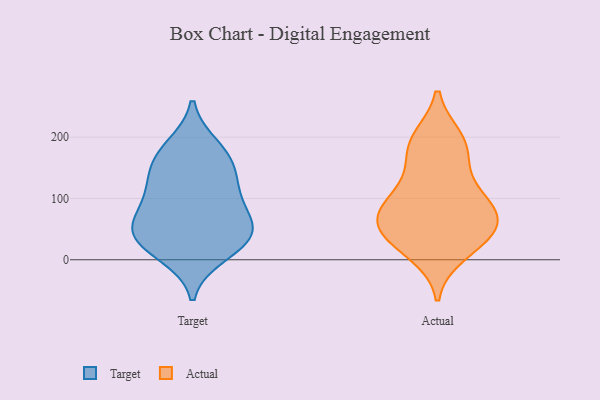
{"axis": {"x": "Demand Index", "y": "Value"}, "legend": ["Actual", "Target"], "data": [{"x": "", "y": 163, "type": "Target"}, {"x": "", "y": 32, "type": "Target"}, {"x": "", "y": 54, "type": "Target"}, {"x": "", "y": 113, "type": "Target"}, {"x": "", "y": 37, "type": "Target"}, {"x": "", "y": 61, "type": "Target"}, {"x": "", "y": 161, "type": "Target"}, {"x": "", "y": 38, "type": "Target"}, {"x": "", "y": 122, "type": "Target"}, {"x": "", "y": 183, "type": "Target"}, {"x": "", "y": 91, "type": "Target"}, {"x": "", "y": 10, "type": "Target"}, {"x": "", "y": 12, "type": "Actual"}, {"x": "", "y": 103, "type": "Actual"}, {"x": "", "y": 184, "type": "Actual"}, {"x": "", "y": 135, "type": "Actual"}, {"x": "", "y": 39, "type": "Actual"}, {"x": "", "y": 81, "type": "Actual"}, {"x": "", "y": 196, "type": "Actual"}, {"x": "", "y": 37, "type": "Actual"}, {"x": "", "y": 42, "type": "Actual"}, {"x": "", "y": 185, "type": "Actual"}, {"x": "", "y": 63, "type": "Actual"}, {"x": "", "y": 83, "type": "Actual"}, {"x": "", "y": 77, "type": "Actual"}]}